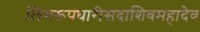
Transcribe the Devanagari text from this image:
लिंगरूपधारीसदाशिवमहादेव